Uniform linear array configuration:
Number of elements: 8
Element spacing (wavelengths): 0.5
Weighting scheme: kaiser
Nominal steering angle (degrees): -60
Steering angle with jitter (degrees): -61.918
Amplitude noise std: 0.05
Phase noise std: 0.05

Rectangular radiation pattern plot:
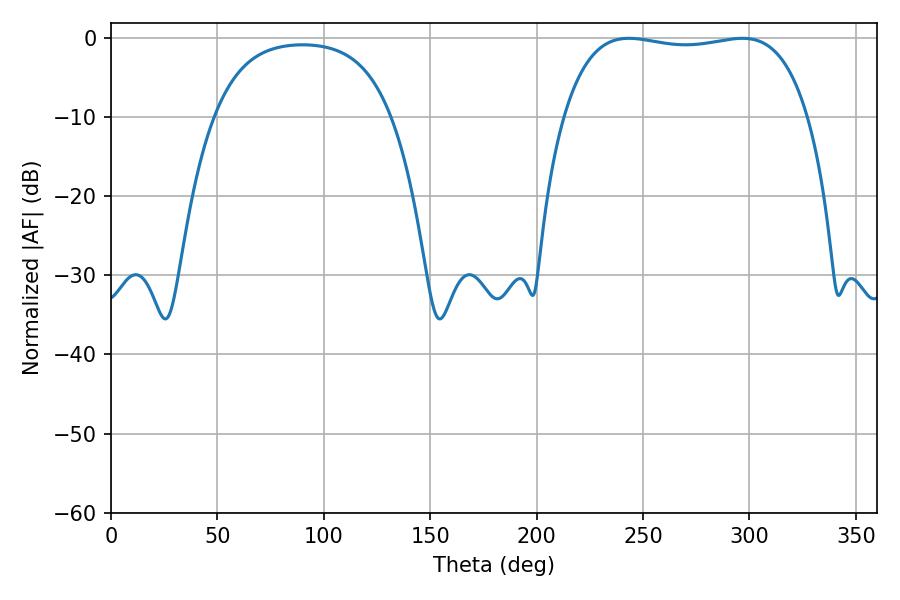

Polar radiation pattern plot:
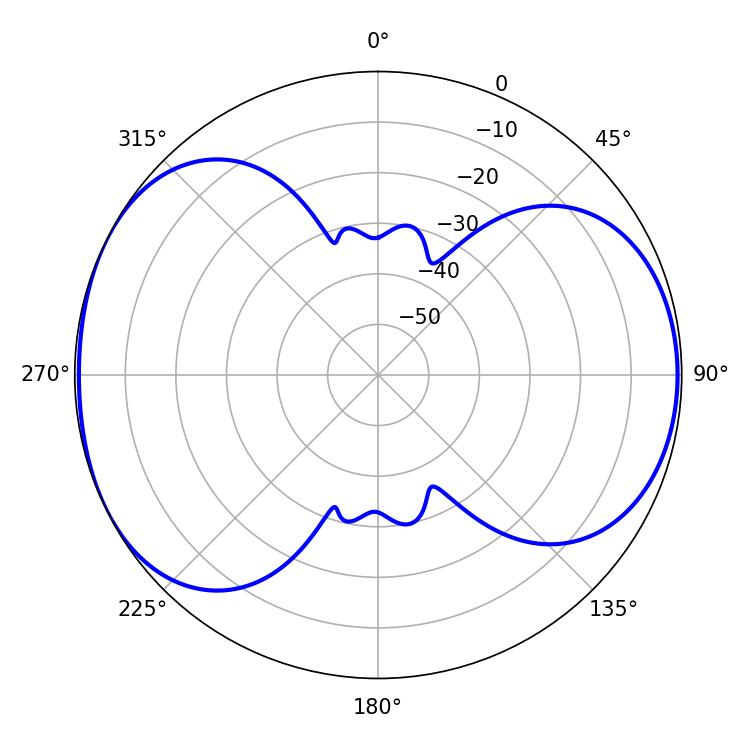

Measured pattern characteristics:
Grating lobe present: FALSE
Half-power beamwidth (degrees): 92.16
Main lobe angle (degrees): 243.36